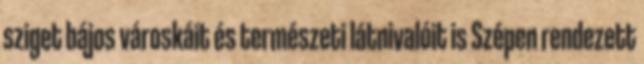
sziget bájos városkáit és természeti látnivalóit is Szépen rendezett